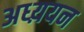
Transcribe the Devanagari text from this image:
अध्य़यन